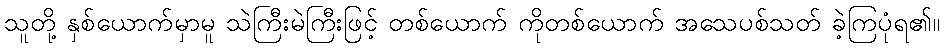
သူတို့ နှစ်ယောက်မှာမူ သဲကြီးမဲကြီးဖြင့် တစ်ယောက် ကိုတစ်ယောက် အသေပစ်သတ် ခဲ့ကြပုံရ၏။